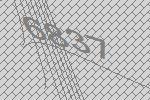
6837